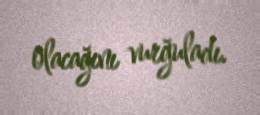
olacağını vurğuladı.